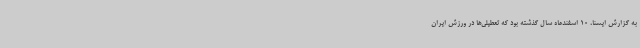
به گزارش ایسنا، 10 اسفندماه سال گذشته بود که تعطیلی‌ها در ورزش ایران